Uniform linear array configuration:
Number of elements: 12
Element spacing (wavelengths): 0.75
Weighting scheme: blackman
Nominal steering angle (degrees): -60
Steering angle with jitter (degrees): -60.512
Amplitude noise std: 0.05
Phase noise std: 0.05

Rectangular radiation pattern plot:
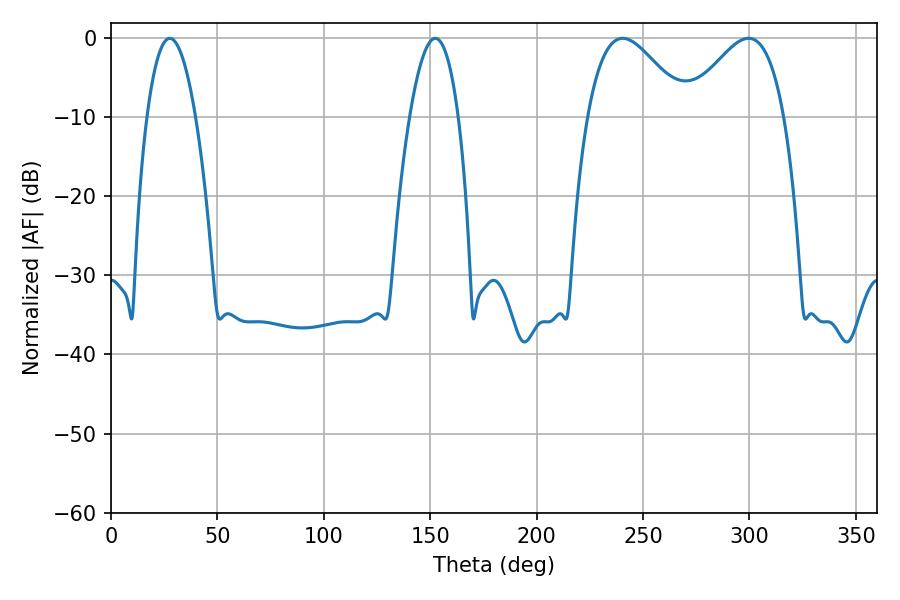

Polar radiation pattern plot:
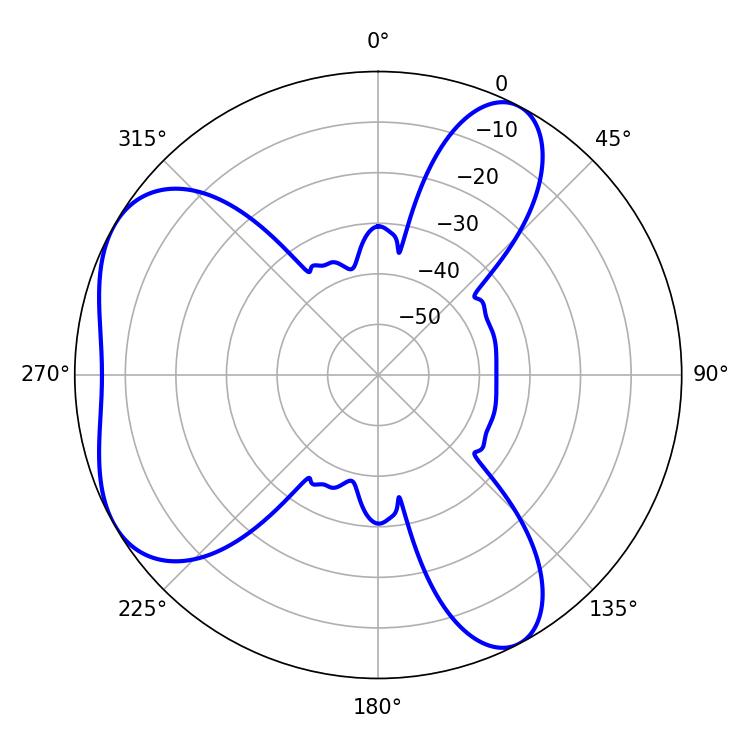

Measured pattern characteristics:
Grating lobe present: TRUE
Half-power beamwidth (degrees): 24.84
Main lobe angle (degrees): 240.48